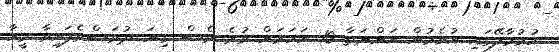
ހުޅުމާލޭގައި އުޅެމުން އަންނަތާ 10 އަހަރަށް ވުރެ ވެސް ގިނަ ދުވަސްވެފައިވާ މީހާ